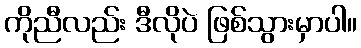
ကိုညီလည်း ဒီလိုပဲ ဖြစ်သွားမှာပါ။